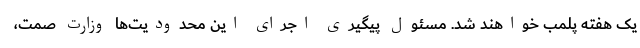
یک هفته پلمب خواهند شد. مسئول پیگیری اجرای این محدودیت‌ها وزارت صمت،